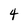
Character: 4